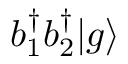
b _ { 1 } ^ { \dagger } b _ { 2 } ^ { \dagger } \ensuremath { | g \rangle }